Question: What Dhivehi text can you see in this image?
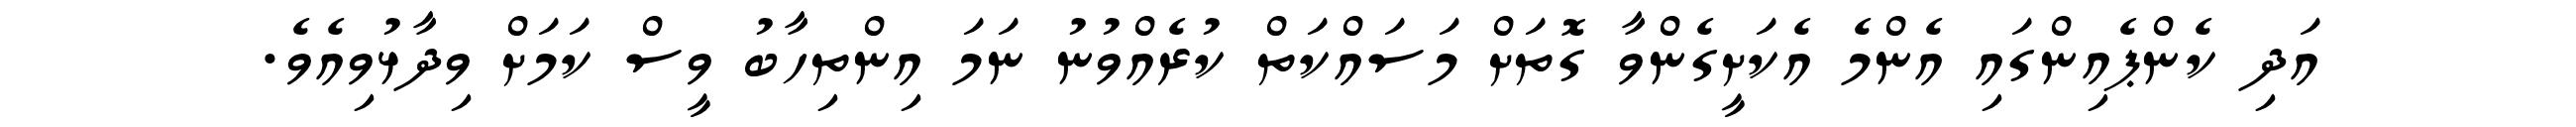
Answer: އަދި ކެންޕެއިންގައި އެންމެ އެކަށީގެންވާ ގޮތަށް މަސައްކަތް ކުރެއްވުނު ނަމަ އިންތިހާބު ވީސް ކަމަށް ވިދާޅުވިއެވެ.